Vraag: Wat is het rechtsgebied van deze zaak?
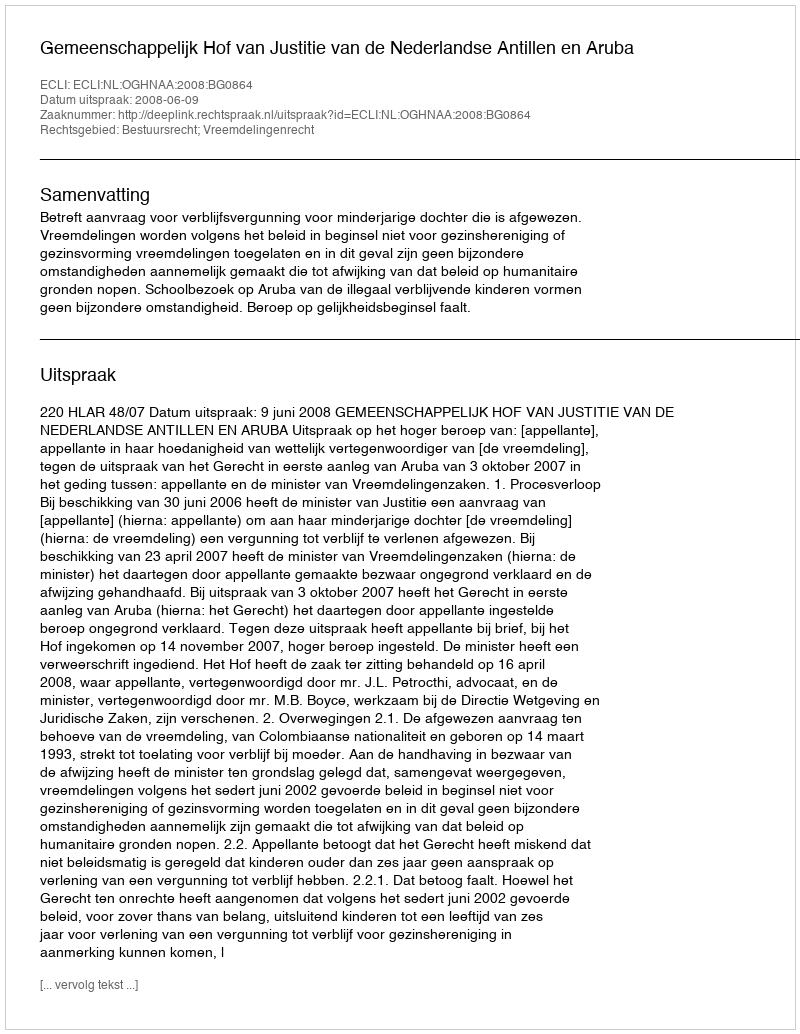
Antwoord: Bestuursrecht; Vreemdelingenrecht